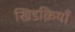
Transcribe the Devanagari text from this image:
खिडक़ियाँ